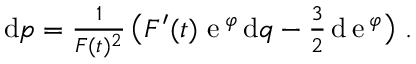
\begin{array} { r } { \mathrm { d } p = \frac 1 { F ( t ) ^ { 2 } } \, \big ( F ^ { \prime } ( t ) \, { \, \mathrm e } \, ^ { \varphi } \, \mathrm { d } q - \frac { 3 } { 2 } \, \mathrm { d } { \, \mathrm e } \, ^ { \varphi } \big ) \ . } \end{array}